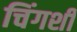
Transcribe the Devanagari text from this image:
चिंगशी